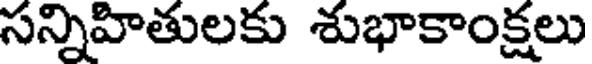
సన్నిహితులకు శుభాకాంక్షలు